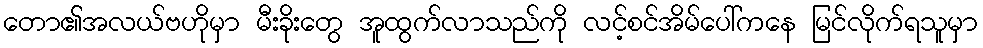
တော၏အလယ်ဗဟိုမှာ မီးခိုးတွေ အူထွက်လာသည်ကို လင့်စင်အိမ်ပေါ်ကနေ မြင်လိုက်ရသူမှာ